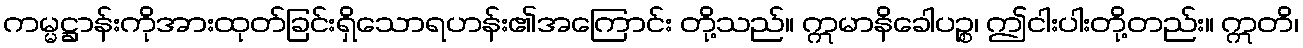
ကမ္မဋ္ဌာန်းကိုအားထုတ်ခြင်းရှိသောရဟန်း၏အကြောင်း တို့သည်။ ဣမာနိခေါပဉ္စ၊ ဤငါးပါးတို့တည်း။ ဣတိ၊